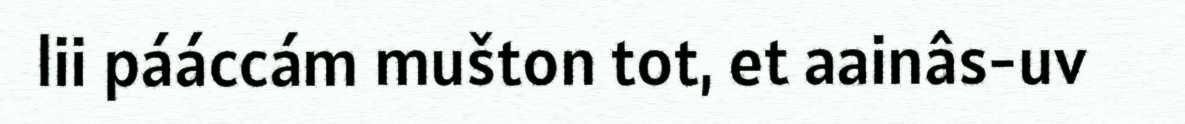
lii pááccám mušton tot, et aainâs-uv